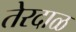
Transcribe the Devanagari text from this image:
तेरदाळ